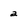
Character: a